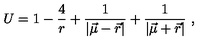
U = 1 - \frac { 4 } { r } + \frac { 1 } { | { \vec { \mu } } - { \vec { r } } | } + \frac { 1 } { | { \vec { \mu } } + { \vec { r } } | } \ ,